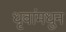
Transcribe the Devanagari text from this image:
धृवांमधुन